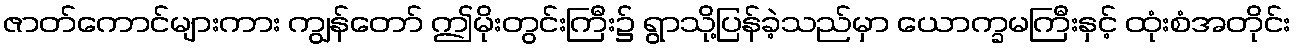
ဇာတ်ကောင်များကား ကျွန်တော် ဤမိုးတွင်းကြီး၌ ရွာသို့ပြန်ခဲ့သည်မှာ ယောက္ခမကြီးနှင့် ထုံးစံအတိုင်း